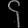
Digit: ၄